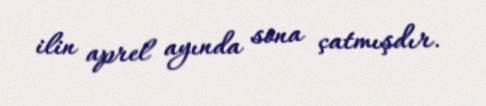
ilin aprel ayında sona çatmışdır.